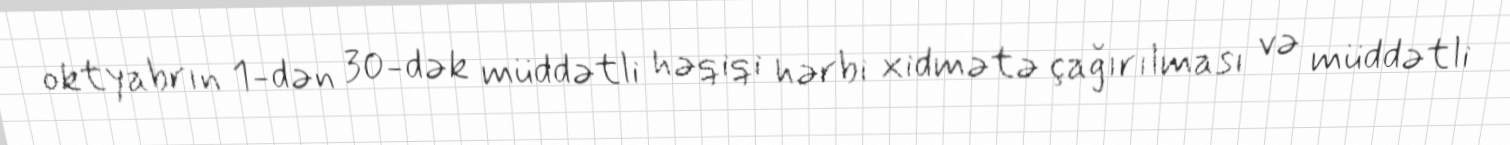
oktyabrın 1-dən 30-dək müddətli həqiqi hərbi xidmətə çağırılması və müddətli